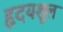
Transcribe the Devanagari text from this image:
हृदयशूल